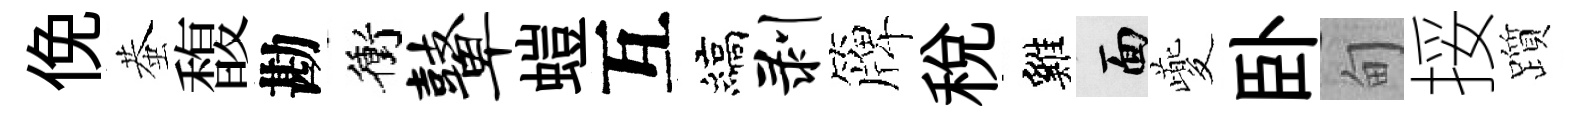
俛蛬馥勘衝鼙螘互縞剥簰稅雞面夔卧甸挼躓